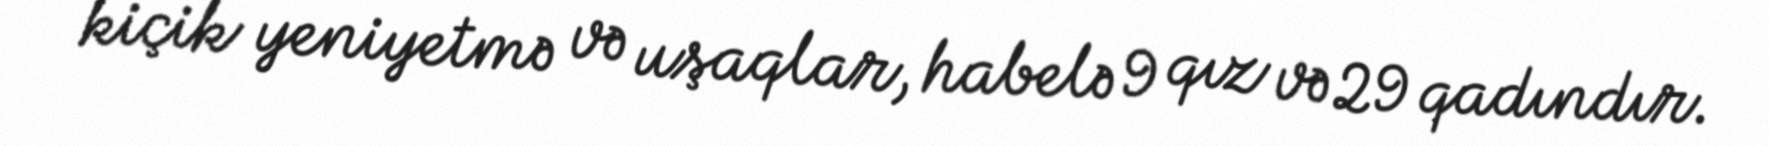
kiçik yeniyetmə və uşaqlar, habelə 9 qız və 29 qadındır.